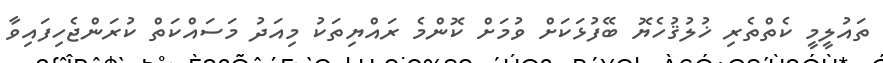
ތައުލީމީ ކެތްތެރި ޚުލުޤުހެޔޮ ބޭފުޅަކަށް ވުމަށް ކޮންމެ ރައްޔިތަކު މިއަދު މަސައްކަތް ކުރަންޖެހިފައިވާ